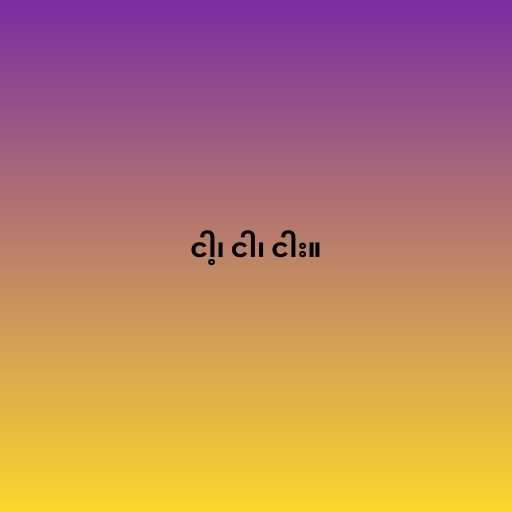
ငါ့၊ ငါ၊ ငါး။